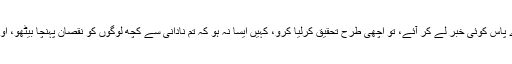
اگر کوئی فاسق تمہارے پاس کوئی خبر لے کر آئے، تو اچھی طرح تحقیق کرلیا کرو، کہیں ایسا نہ ہو کہ تم نادانی سے کچھ لوگوں کو نقصان پہنچا بیٹھو، اور اپنے کئے پر پچھتاؤ۔